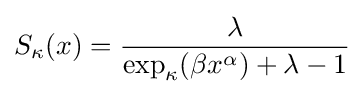
S_{\kappa }(x)={\frac {\lambda }{\exp _{\kappa }(\beta x^{\alpha })+\lambda -1}}